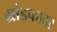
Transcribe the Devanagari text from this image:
ग्रांडफादर